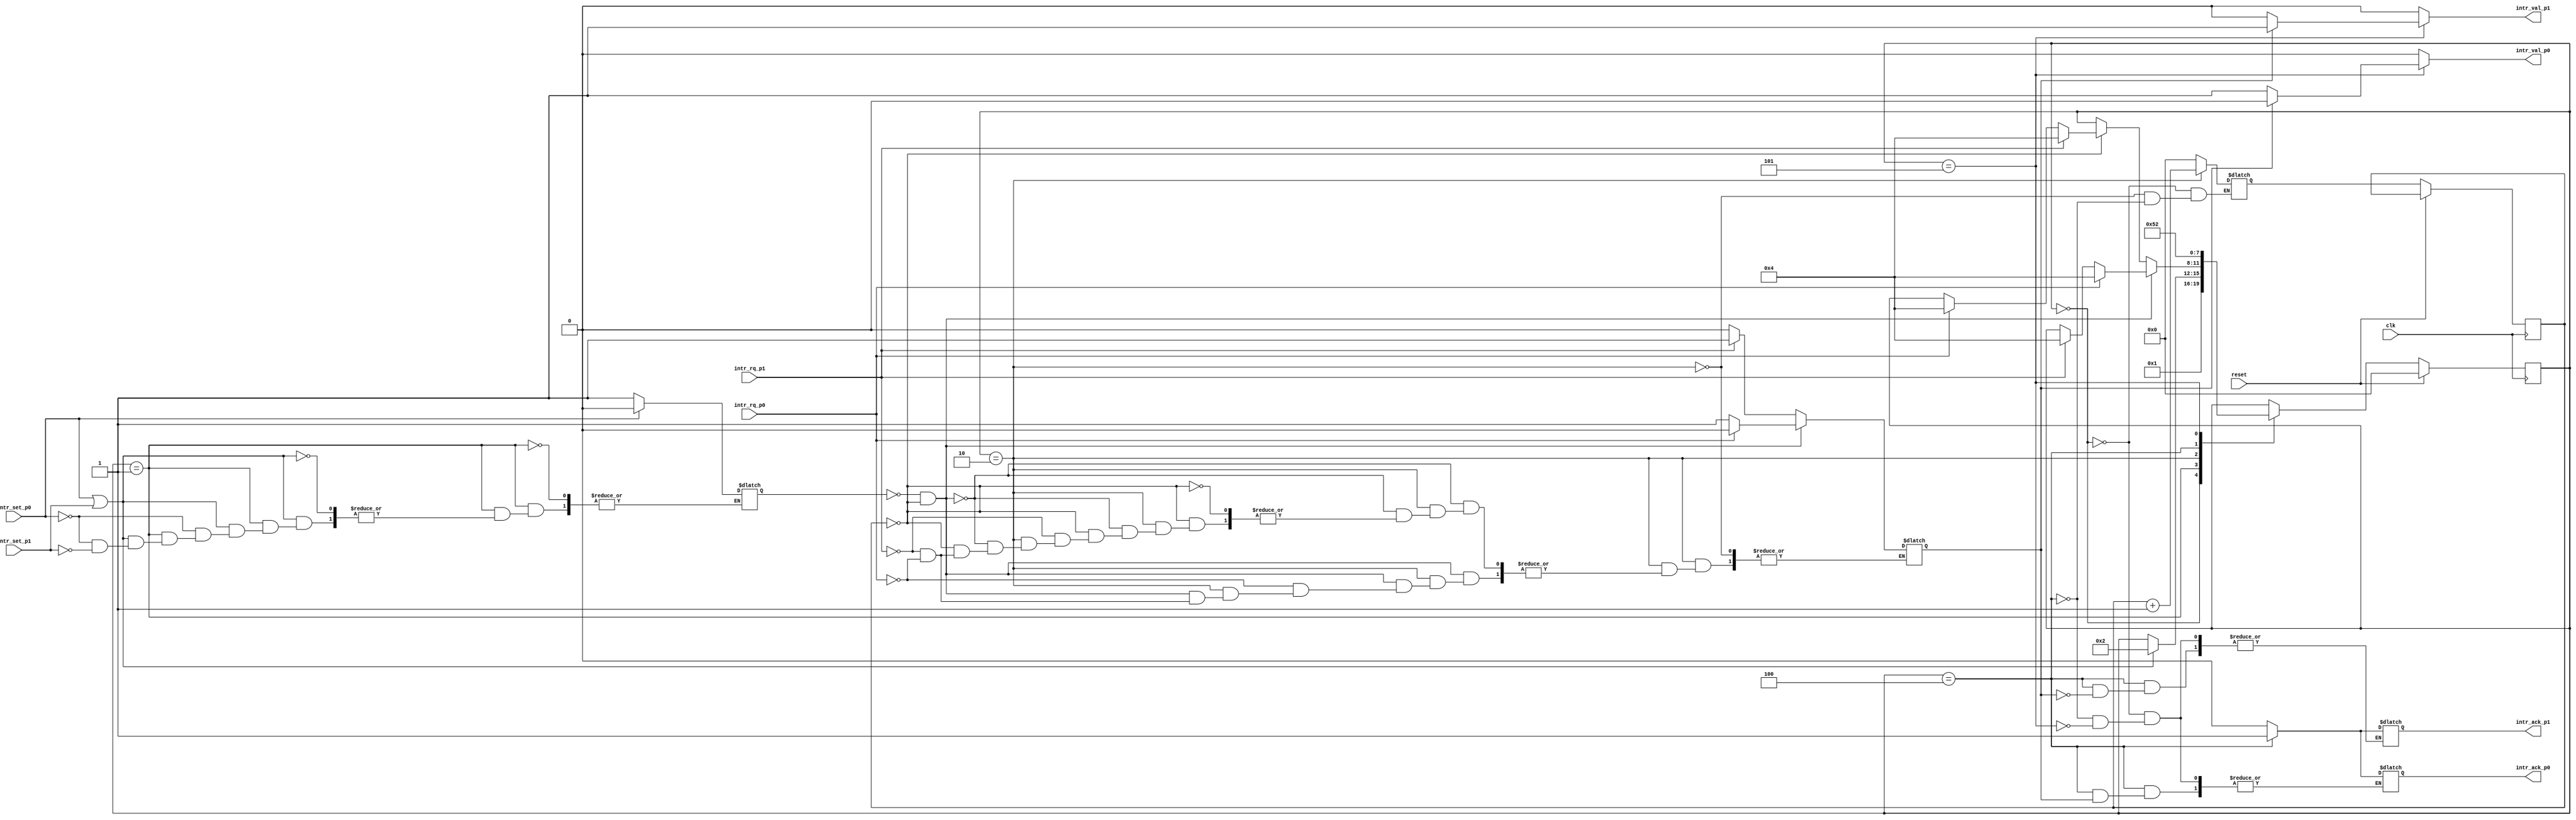
//=========================================================================
// Programmable Interrupt Controller
//=========================================================================

`ifndef PLAB2_MCORE_PIC_V
`define PLAB2_MCORE_PIC_V

module plab2_proc_PIC#(
	parameter req_nums = 2,
	parameter data_len = 8
)
(
	input					clk,			// Clock
	input					reset,			// Reset

	input					intr_rq_p0,		// Interrupt request from processor0
	input					intr_rq_p1,		// Interrupt request from processor1
	input					intr_set_p0,	// Interrupt priority request from processor0
	input					intr_set_p1,	// Interrupt priority reqeust from processor1

	output	reg				intr_ack_p0,	// interrupt acknowledgement to processor0
	output  reg				intr_ack_p1,	// interrupt acknowledgement to processor1
	output	reg				intr_val_p0,	// interrupt request to processor0
	output	reg				intr_val_p1		// interrupt request to processor1
);
	
	//----------------------------------------------------------------------
	// State Definitions
	//----------------------------------------------------------------------
	
	localparam STATE_RESET				= 4'd0;
	localparam STATE_SETPRIORITY		= 4'd1;
	localparam STATE_STARTPRIORITY		= 4'd2;
	localparam STATE_PRIORITYREQ		= 4'd3;
	localparam STATE_PRIORITYACK		= 4'd4;
	localparam STATE_PRIORITYRESP		= 4'd5;

	// intermediate parameters
	reg	[3:0]	state_reg, state_next;			// state_register
	reg			intr_domain;					// intrreupt security domain
	reg			prior_reg;						// interrupt priorty register
	reg			intrPtr_reg, intrPtr_next;		// interrupt pointer
	reg	[3:0]	counter_reg, counter_next;

	// Main FSM of the controller. The state machine is clocked. The output
	// and next state logic are purely combinational
	always @(posedge clk) begin
		
		if ( reset ) begin
			state_reg	<= STATE_RESET;
		end

		else begin
			state_reg	<= state_next;
			counter_reg <= counter_next;
		end

	end

	// The next state logic and the output functions
	always @(*) begin

		state_next	= state_reg;
		intr_val_p0	= 1'b0;
		intr_val_p1 = 1'b0;

		case (state_reg)
			STATE_RESET: begin
				state_next  = STATE_SETPRIORITY;
				counter_next = 4'd0;
				intr_ack_p0	= 1'b0;
				intr_ack_p1 = 1'b0;
				intr_val_p0 = 1'b0;
				intr_val_p1 = 1'b0;
			end

			STATE_SETPRIORITY: begin
				if ( intr_set_p0 || intr_set_p1 ) begin 
					state_next = STATE_STARTPRIORITY;
					if ( intr_set_p0 )
						prior_reg = 1'b0;
					else if ( intr_set_p1 )
						prior_reg = 1'b1;
				end
			end

			STATE_STARTPRIORITY: begin
				if ( prior_reg == 1'b0 && counter_reg == 4'd0 ) begin
					if ( intr_rq_p0 ) begin
						intr_domain = 1'b0;
						state_next = STATE_PRIORITYACK;
					end
					else if ( intr_rq_p1 ) begin
						intr_domain = 1'b1;
						state_next = STATE_PRIORITYACK;
					end
				end
				
				else if ( counter_reg == 4'd0) begin
					if ( intr_rq_p1 ) begin
						intr_domain = 1'b1;
						state_next = STATE_PRIORITYACK;
					end
					else if ( intr_rq_p0 ) begin
						intr_domain = 1'b0;
						state_next = STATE_PRIORITYACK;
					end	
				end
				counter_next = counter_reg + 1;
				intr_val_p0 = 1'b0;
				intr_val_p1 = 1'b0;
			end

			STATE_PRIORITYACK: begin
				counter_next = 4'd0;
				state_next = STATE_PRIORITYRESP;
				if ( intr_domain == 1'b0 )
					intr_ack_p0 = 1'b1;
				else
					intr_ack_p1 = 1'b1;
			end

			STATE_PRIORITYRESP: begin
				intr_ack_p0	= 1'b0;
				intr_ack_p1 = 1'b0;
				if ( intr_domain == 1'b0 )
					intr_val_p0 = 1'b1;
				else
					intr_val_p1 = 1'b1;
				state_next = STATE_STARTPRIORITY;
			end
		endcase
	end

endmodule

`endif /*PLAB2_PROC_PIC*/